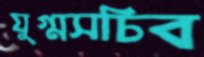
যুগ্মসচিব